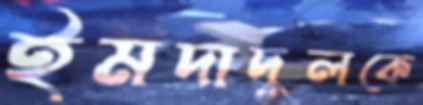
ইমদাদুলকে